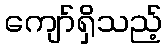
ကျော်ရှိသည့်